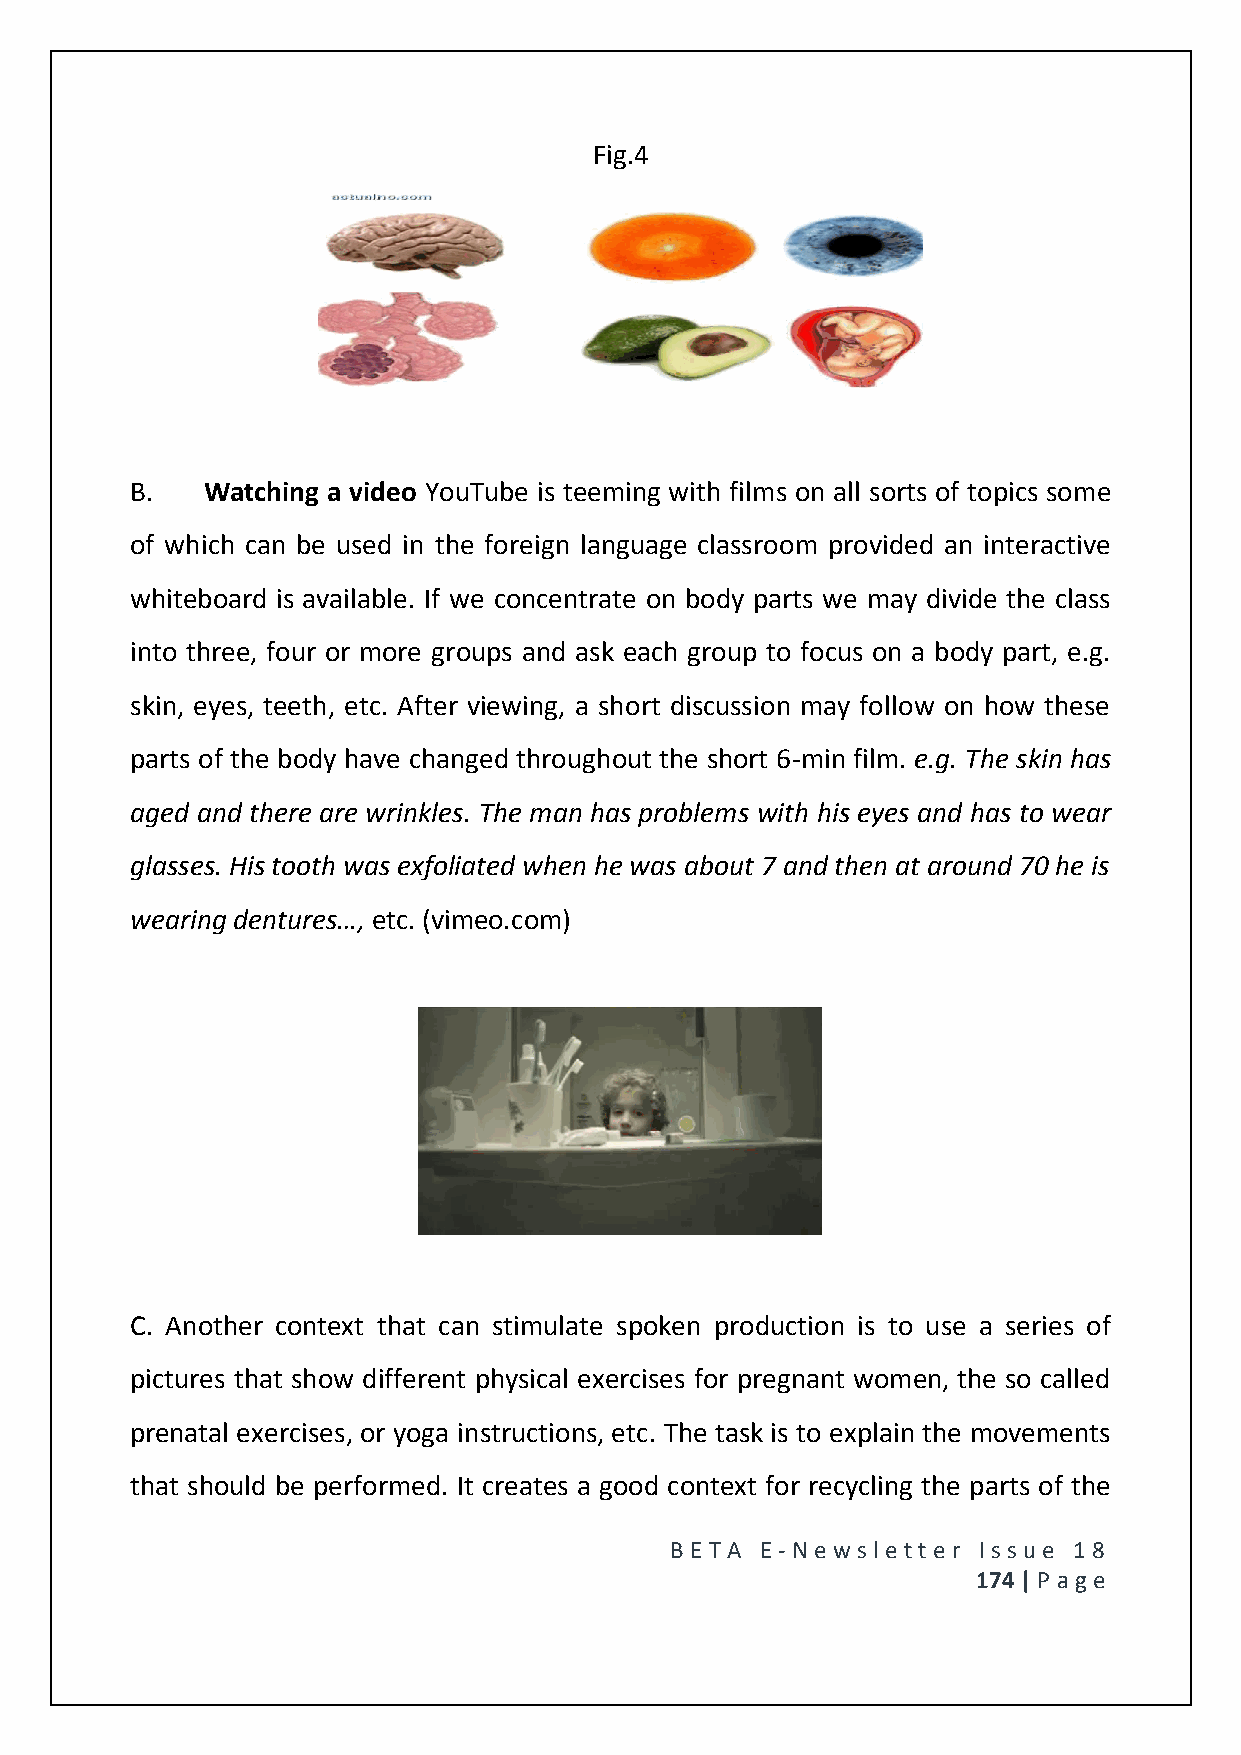
Fig.4
 B.  Watching a video YouTube is teeming with films on all sorts of topics some
 of which can be used in the foreign language classroom provided an interactive
 whiteboard is available. If we concentrate on body parts we may divide the class
 into three, four or more groups and ask each group to focus on a body part, e.g.
 skin, eyes, teeth, etc. After viewing, a short discussion may follow on how these
 parts of the body have changed throughout the short 6-min film. e.g. The skin has
 aged and there are wrinkles. The man has problems with his eyes and has to wear
 glasses. His tooth was exfoliated when he was about 7 and then at around 70 he is
 wearing dentures…, etc. (vimeo.com)
 C. Another context that can stimulate spoken production is to use a series of
 pictures that show different physical exercises for pregnant women, the so called
 prenatal exercises, or yoga instructions, etc. The task is to explain the movements
 that should be performed. It creates a good context for recycling the parts of the
 BE T A E -N e wsle tt e r Issue 18
 174 | P age